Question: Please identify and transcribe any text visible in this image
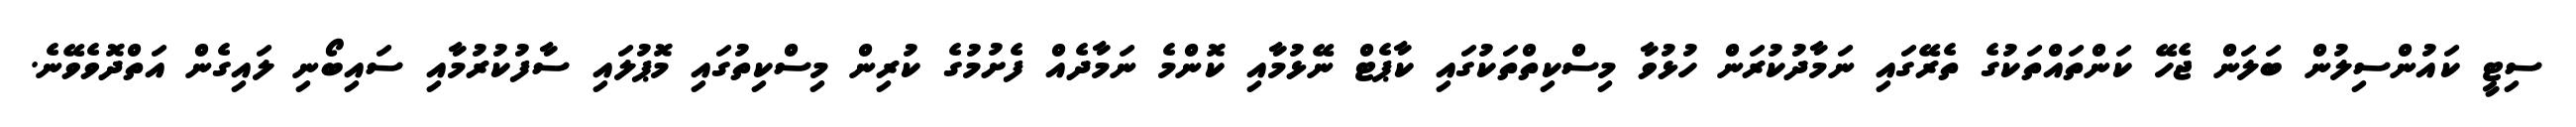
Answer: ސިޓީ ކައުންސިލުން ބަލަން ޖެހޭ ކަންތައްތަކުގެ ތެރޭގައި ނަމާދުކުރަން ހުޅުވާ މިސްކިތްތަކުގައި ކާޕެޓް ނޭޅުމާއި ކޮންމެ ނަމާދެއް ފެށުމުގެ ކުރިން މިސްކިތުގައި މޮޕުލައި ސާފުކުރުމާއި ސައިބޯނި ލައިގެން އަތްދޮވެވޭނެ.